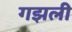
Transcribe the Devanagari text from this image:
गझली